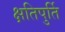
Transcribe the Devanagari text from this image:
क्षतिपुर्ति